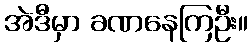
အဲဒီမှာ ခဏနေကြဦး။